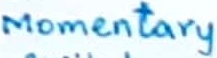
Text: Momentary